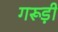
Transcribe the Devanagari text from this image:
गरूड़ी